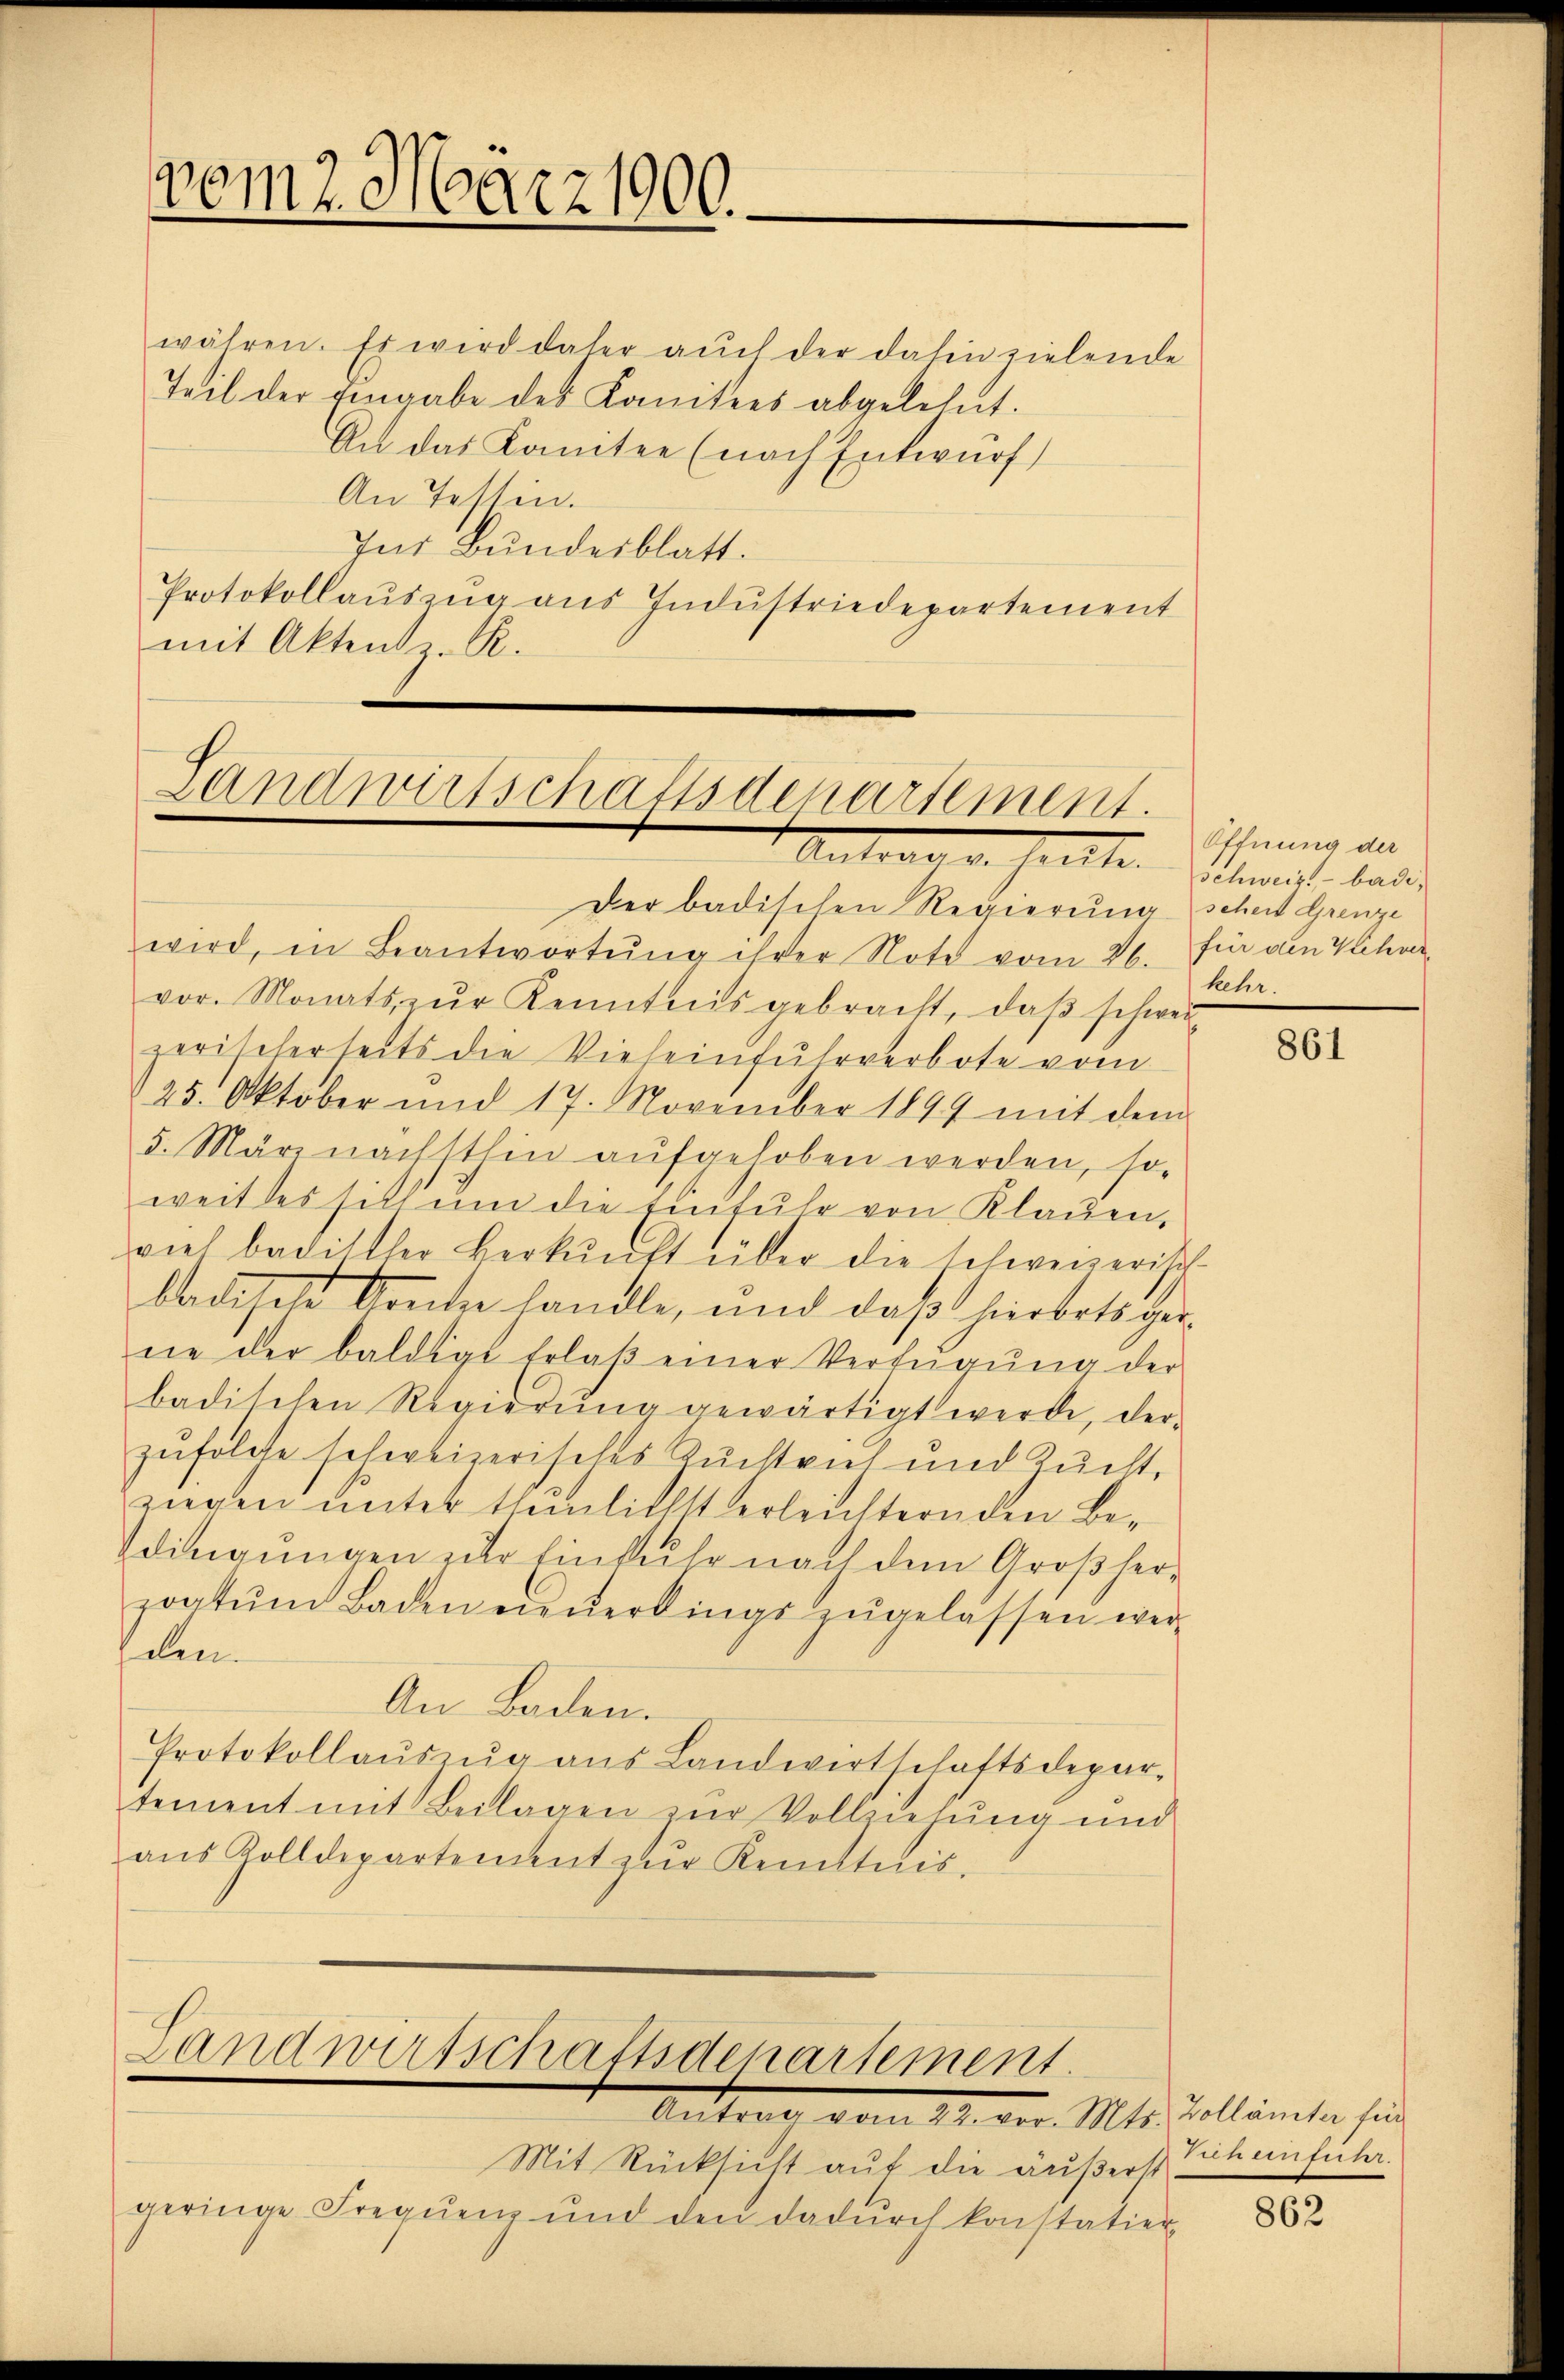
vom 2. März 1900.

währen. Es wird daher aŭch der dahin zielende
Teil der eingabe des Komitees abgelehnt.
An das Komitee (nach Entwurf
An Tessin.
Ins Bundesblatt.
Protokollauszug aus Industriedepartement
mit Aktens z. R.

Landwirtschaftsdepartement.
Antragen hatte. Damit laden

Der badischen Regierŭng scheit Grenze
wird, in Beantwortŭng ihrer Note vom 26. für ain Viehvervor. Monats zŭr Kenntnis gebracht, daβ schwei
zerischerseits die Vieheinfuhrverbote vom
25. Oktober und 17. November 1894 mit dem
5. März nächsthin aŭfgehoben werden, so-
weit des sich ŭm die Einfuhr von Klagen,
viel badittler Verkŭnft über die schweizerisch
braisen konte handle, und daß hierbotsger
ne der baldige Erlaβ einer Verfŭgŭng der
badischen Regierŭng gewärtigt werde, der-
zufolge schereizerisches Zuchtrut und Zucht,
ziegen unter thunlichst verleichtern den Bedingungen zur Einfuhr nach dem Großherzoatŭm Baden neŭerlings zugelassen werhelen.
An Baden.
Protokollaŭszŭg aŭs Landwirtschaftsdepar-
tement mit Beilagen zur Vollziehung und
aŭs Zolldepartement zŭr Kenntnis-

Landwirtschaftsdenartement.
Antrag vom 21. vor. Mts. Zollämter sein

Mit Rücksicht auf die äußerst
geringe Freqŭenz und den dadŭrch konstatier

Öffnung der
kehr.

861

aneintuni

862